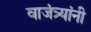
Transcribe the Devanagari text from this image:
वाजंत्र्यांनी